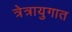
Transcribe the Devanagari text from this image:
त्रेत्रायुगात